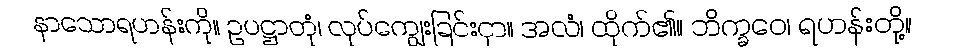
နာသောရဟန်းကို။ ဥပဋ္ဌာတုံ၊ လုပ်ကျွေးခြင်းငှာ။ အလံ၊ ထိုက်၏။ ဘိက္ခဝေ၊ ရဟန်းတို့။